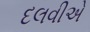
દલવીએ